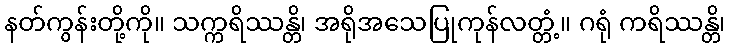
နတ်ကွန်းတို့ကို။ သက္ကရိဿန္တိ၊ အရိုအသေပြုကုန်လတ္တံ့။ ဂရုံ ကရိဿန္တိ၊